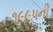
૧૯૯૫ની